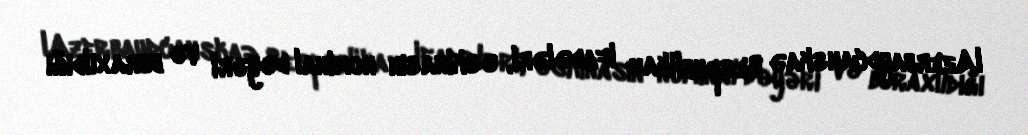
lAzerbaydcanskaə Respublika» ifadələri, əskinasın nominal dəyəri və buraxıldığı